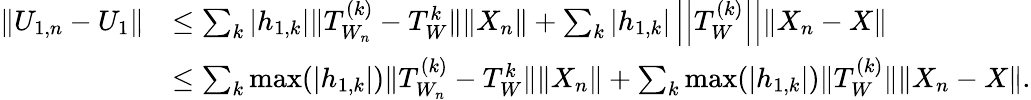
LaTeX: \begin{array}{rl}{\| U_{1,n}-U_{1}\| }&{\leq\sum_{k}|h_{1,k}|\| T_{W_{n}}^{(k)}-T_{W}^{k}\| \| X_{n}\| +\sum_{k}|h_{1,k}|\left|\left|T_{W}^{(k)}\right|\right|\| X_{n}-X\| }\\ &{\leq\sum_{k}\operatorname*{max}(|h_{1,k}|)\| T_{W_{n}}^{(k)}-T_{W}^{k}\| \| X_{n}\| +\sum_{k}\operatorname*{max}(|h_{1,k}|)\| T_{W}^{(k)}\| \| X_{n}-X\| .}\end{array}